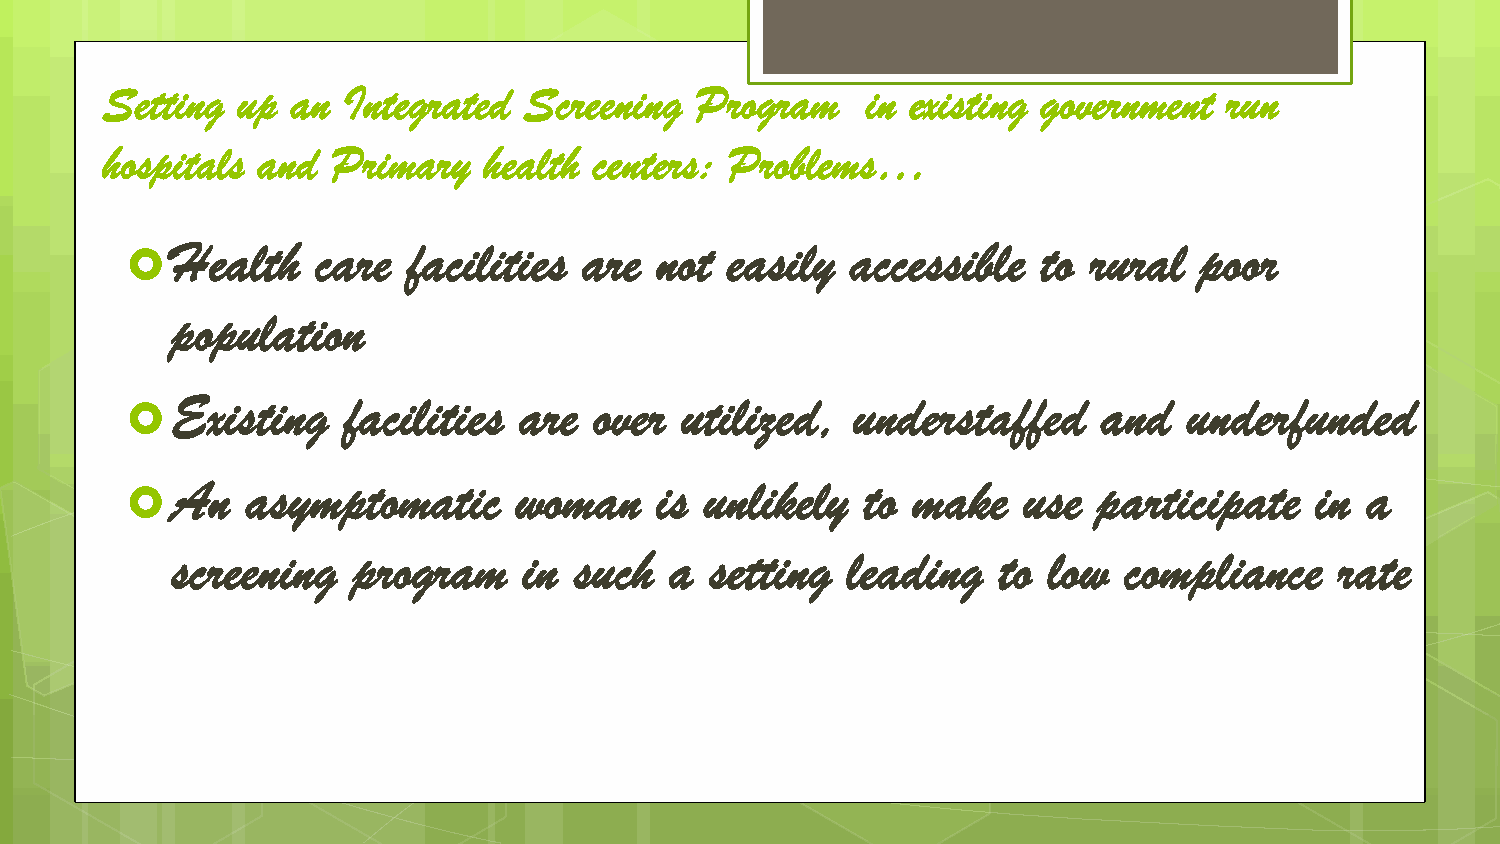
Setting  up an  Integrated  Screening  Program    in existing government  run
 hospitals and  Primary   health centers: Problems…
 Health    care  facilities  are not  easily  accessible   to rural  poor
 
 population
 Existing    facilities are  over  utilized,  understaffed     and   underfunded
 
 An   asymptomatic      woman    is  unlikely  to make    use  participate   in a
 
 screening   program     in such  a  setting  leading   to low  compliance     rate